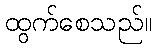
ထွက်စေသည်။